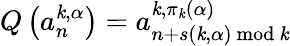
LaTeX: Q\left(a_{n}^{\mathit{k},\alpha}\right)=a_{n+s(\mathit{k},\alpha){~\mathrm{{mod}}}~\mathit{k}}^{\mathit{k},\pi_{\mathit{k}}(\alpha)}